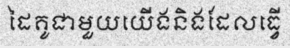
ដៃគូជាមួយយើងនិងដែលធ្វើ